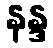
နန္ဒ